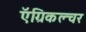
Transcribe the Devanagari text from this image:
ऍग्रिकल्चर